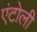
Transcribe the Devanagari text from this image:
एंटोली